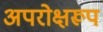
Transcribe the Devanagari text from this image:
अपरोक्षरूप